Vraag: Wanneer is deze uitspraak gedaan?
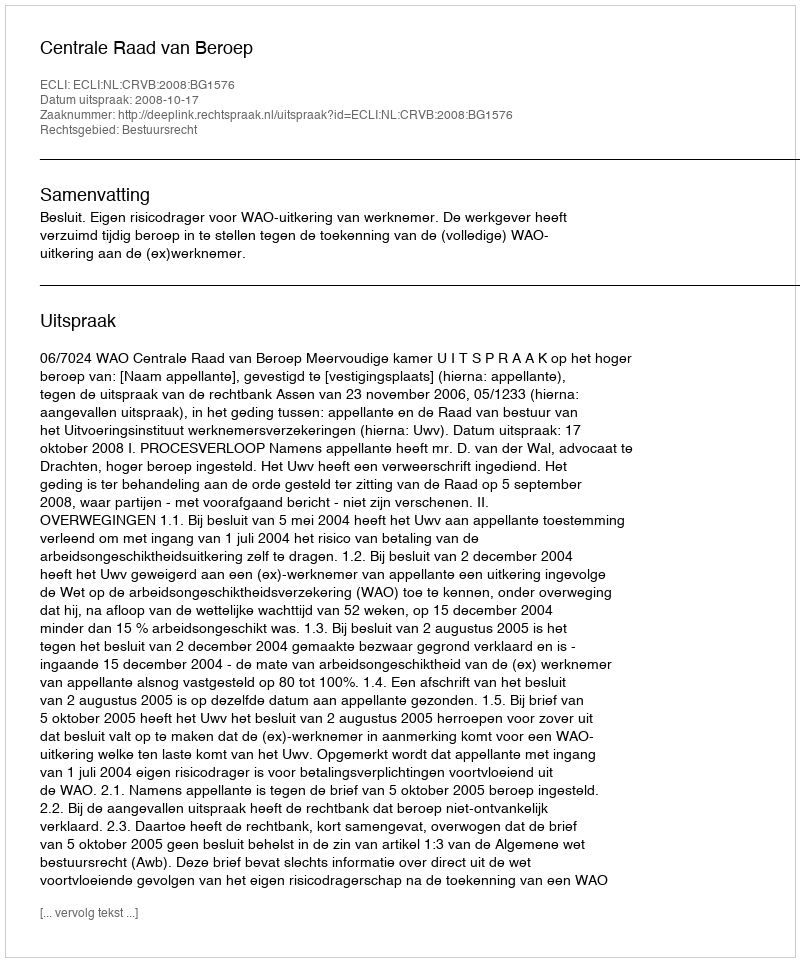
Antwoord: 2008-10-17